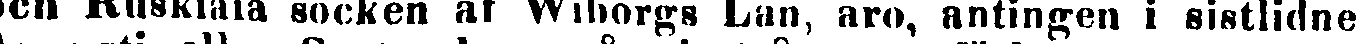
och Ruskiala socken af Wiborgs Län, äro, antingen i sistlidne